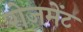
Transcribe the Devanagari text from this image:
रोजमेंट